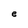
Character: e